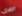
الزلازل